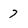
Character: 7